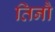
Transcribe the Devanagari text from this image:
तिनौ